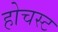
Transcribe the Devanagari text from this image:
होचस्ट